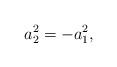
LaTeX: \begin{align*}a_{2}^{2}= - a_{1}^{2},\end{align*}